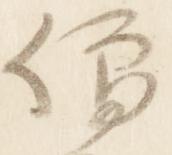
僧